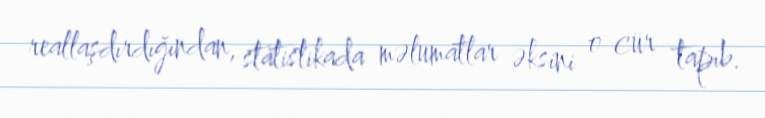
reallaşdırdığından, statistikada məlumatlar əksini o cür tapıb.